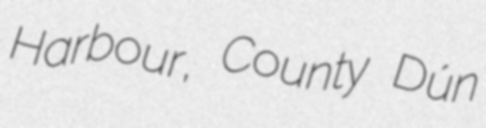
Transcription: Harbour, County Dún